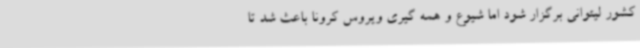
کشور لیتوانی برگزار شود اما شیوع و همه گیری ویروس کرونا باعث شد تا